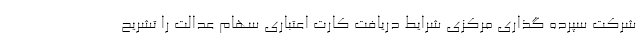
شرکت سپرده گذاری مرکزی شرایط دریافت کارت اعتباری سهام عدالت را تشریح